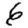
Digit: 6